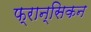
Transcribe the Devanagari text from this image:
फ्रान्सिकन